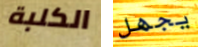
الكلبة يجهل